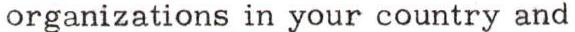
organizations in your country and